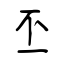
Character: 丕